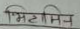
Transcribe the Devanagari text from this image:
मिटामिन